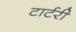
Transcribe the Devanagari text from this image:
टार्टरी